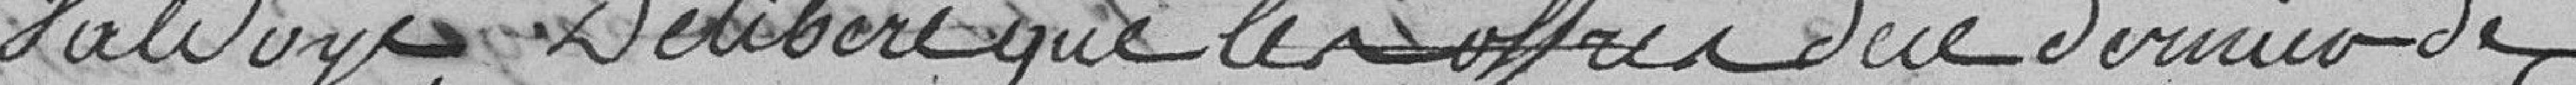
VALDOYE, Délibère que les offres de ce dernier de